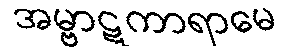
အမ္ဗာဋကာရာမေ